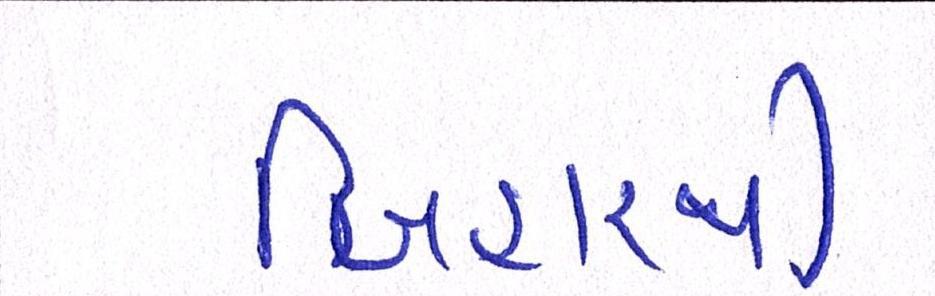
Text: બિહારથી